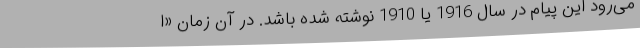
می‌رود این پیام در سال 1916 یا 1910 نوشته شده باشد. در آن زمان «ا